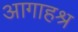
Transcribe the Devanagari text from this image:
आगाहश्र